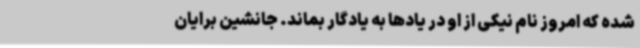
شده که امروز نام نیکی از او در یادها به یادگار بماند. جانشین برایان